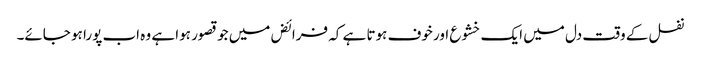
نفل کے وقت دل میں ایک خشوع اور خوف ہوتا ہے کہ فرائض میں جو قصور ہوا ہے وہ اب پورا ہو جائے۔